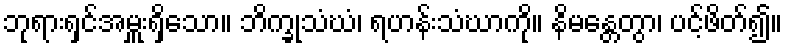
ဘုရားရှင်အမှူးရှိသော။ ဘိက္ခုသံဃံ၊ ရဟန်းသံဃာကို။ နိမန္တေတွာ၊ ပင့်ဖိတ်၍။